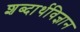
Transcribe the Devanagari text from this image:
शब्दार्थविज्ञान